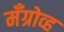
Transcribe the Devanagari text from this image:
मँग्रोव्ह